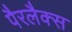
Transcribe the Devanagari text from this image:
पैरलैक्स